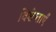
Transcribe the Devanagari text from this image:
विशेष्ताएँ